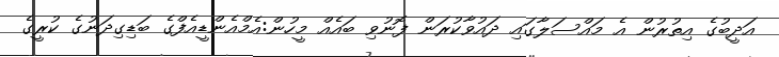
އަދީބުގެ އިތުރުން އެ މައްސަލާގައި ދައުވާކުރަން ފޮނުވި ބައެއް މީހުން:އެމްއެންޑީއެފްގެ ބަޑިގިދަނުގެ ކުރީގެ